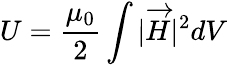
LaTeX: U={\frac{\mu_{0}}{2}}\int{|{\overrightarrow{H}}|^{2}dV}